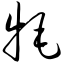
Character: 牦